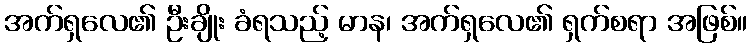
အက်ရှလေ၏ ဦးချိုး ခံရသည့် မာန၊ အက်ရှလေ၏ ရှက်စရာ အဖြစ်။